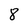
Character: 8